Indian Medical Review
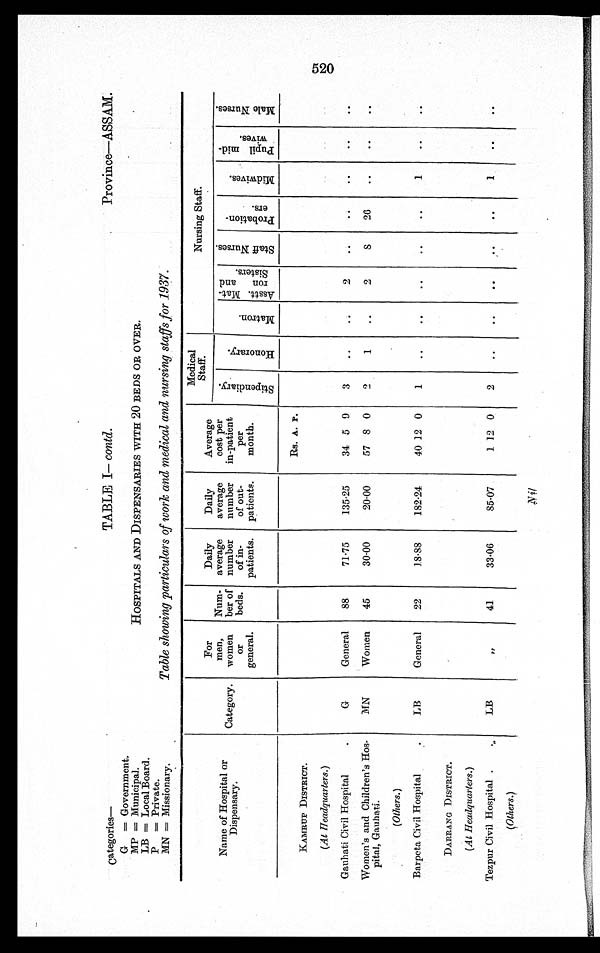
Categories— TABLE I— contd. Province—ASSAM.
G = Government.
MP = Municipal.
HOSPITALS AND DISPENSARIES WITH 20 BEDS OR OVER.
LB = Local Board.
P = Private.
MN = Missionary.
Table showing particulars of work and medical and nursing staffs for 1937.
Name of Hospital or
Dispensary.
Category.
For
men,
women
Or
general.
Num-
ber of
beds.
Daily
average
number
of in-
patients.
Daily
average
number
of out-
patients.
Average
cost per
in-patient
per
month.
Medical
Staff.
Nursing Staff.
S t i p e n d i a r y
H o n o r a r y
M a t r o n .
A s s t . M a t r o n a n d S i s t e r s
S t a f f N u r s e s .
P r o b a t i o n e r s .
M i d w i v e s .
P u p i l m i d w i v e s .
M a l e N u r s e s .
Rs. A. P.
KAMRUP DISTRICT.
(At Headquarters.)
Gauhati Civil Hospital
G
General
88
71.75
135.25
34 5 9
3
..
..
Women's and Children's Hos-
pital, Gauhati.
(Others.)
MN
Women
45
30.00
20.00
57 8 0
2
1
..
2
8
26
..
..
..
Barpeta Civil Hospital
LB
General
22
18.88
182.24
40 12 0
1
..
..
..
..
DARRANG DISTRICT.
(At Headquarters.)
Tezpur Civil Hospital
(Others.)
LB
, ,
41
33.06
85.07
1 12 0
2
..
..
..
..
1
..
. .
Nil
520